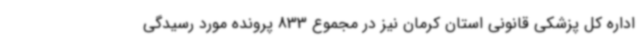
اداره کل پزشکی قانونی استان کرمان نیز در مجموع 833 پرونده مورد رسیدگی